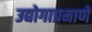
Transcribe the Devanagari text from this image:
उद्योगाप्रमाणें